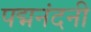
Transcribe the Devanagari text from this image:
पद्मनंदनी